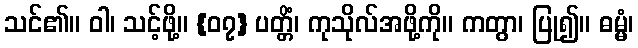
သင်၏။ ဝါ၊ သင့်ဖို့။ {၀၇} ပတ္တိံ၊ ကုသိုလ်အဖို့ကို။ ကတွာ၊ ပြု၍။ ဓမ္မံ၊